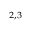
^ { 2 , 3 }